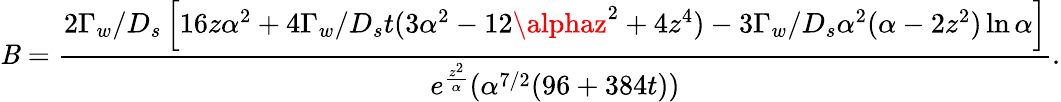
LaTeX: \mathit{B}=\frac{{2\Gamma_{w}/D_{s}\left[16z\alpha^{2}+4\Gamma_{w}/D_{s}t(3\alpha^{2}-12\alphaz^{2}+4z^{4})-3\Gamma_{w}/D_{s}\alpha^{2}(\alpha-2z^{2})\ln\alpha\right]}}{{e^{\frac{{z^{2}}}{{\alpha}}}(\alpha^{7/2}(96+384t))}}.